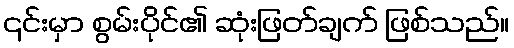
၎င်းမှာ စွမ်းပိုင်၏ ဆုံးဖြတ်ချက် ဖြစ်သည်။